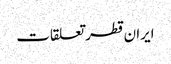
ایران قطر تعلقات